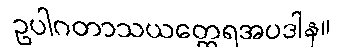
ဥပါဂတာသယတ္ထေရအပဒါန။